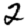
Digit: 2